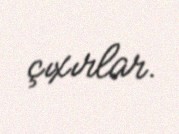
çıxırlar.